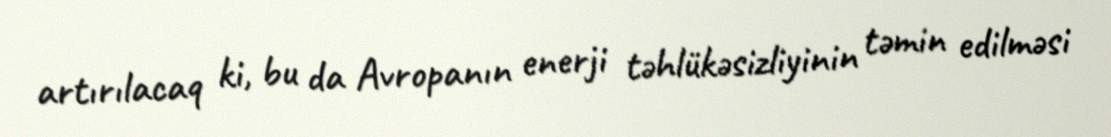
artırılacaq ki, bu da Avropanın enerji təhlükəsizliyinin təmin edilməsi